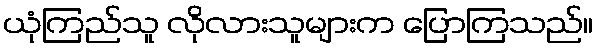
ယုံကြည်သူ လိုလားသူများက ပြောကြသည်။